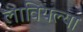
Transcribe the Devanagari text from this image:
लावियल्या